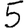
Digit: 5